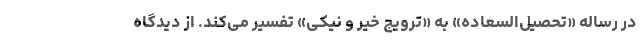
در رساله «تحصیل‌السعاده» به «ترویج خیر و نیکی» تفسیر می‌کند. از دیدگاه